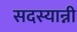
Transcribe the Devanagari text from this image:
सदस्यान्नी